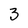
Character: 3